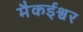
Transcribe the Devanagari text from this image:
मैकईश्वर